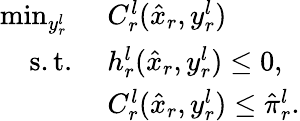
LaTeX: \begin{array}{rl}{\operatorname*{min}_{y_{r}^{l}}\ }&{C_{r}^{l}(\hat{x}_{r},y_{r}^{l})}\\ {\mathrm{s.t.}\ }&{h_{r}^{l}(\hat{x}_{r},y_{r}^{l})\leq 0,}\\ &{C_{r}^{l}(\hat{x}_{r},y_{r}^{l})\leq\hat{\pi}_{r}^{l}.}\end{array}